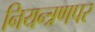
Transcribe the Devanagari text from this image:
नियन्त्रणपर